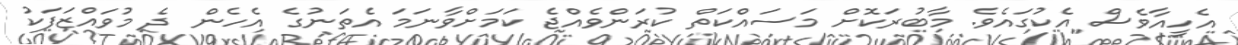
އެހީއާވެސް އެކުގައެވެ. މާބުރަކޮށް މަސައްކަތް ކުރަންވެއްޖެ ކަމަށްވާނަމަ އެތަނުގެ އެހެން ދެ މުވައްޒަފަކު